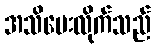
အသိပေးလိုက်သည်